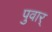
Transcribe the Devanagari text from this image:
पुवार्